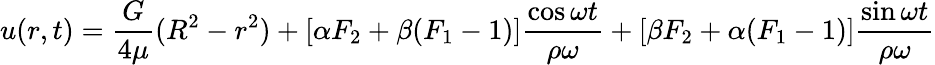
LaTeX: u(r,t)={\frac{G}{4\mu}}(R^{2}-r^{2})+[\alpha F_{2}+\beta(F_{1}-1)]{\frac{\cos\omega t}{\rho\omega}}+[\beta F_{2}+\alpha(F_{1}-1)]{\frac{\sin\omega t}{\rho\omega}}